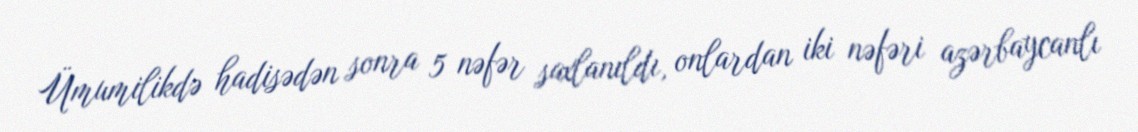
Ümumilikdə hadisədən sonra 5 nəfər saxlanıldı, onlardan iki nəfəri azərbaycanlı